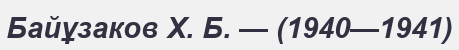
Байұзаков Х. Б. — (1940—1941)